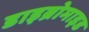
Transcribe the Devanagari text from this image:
डाइब्रोमाइड